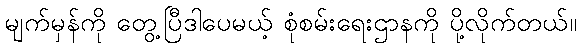
မျက်မှန်ကို တွေ့ပြီဒါပေမယ့် စုံစမ်းရေးဌာနကို ပို့လိုက်တယ်။